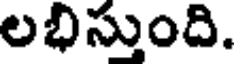
లభిస్తుంది.